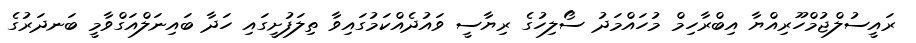
ރައީސުލްޖުމްހޫރިއްޔާ އިބްރާހިމް މުހައްމަދު ސޯލިހުގެ ރިޔާސީ ވައުދެއްކަމުގައިވާ ތިލަފުށީގައި ހަދާ ބައިނަލްއަގްވާމީ ބަނދަރުގެ